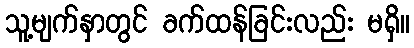
သူ့မျက်နှာတွင် ခက်ထန်ခြင်းလည်း မရှိ။